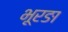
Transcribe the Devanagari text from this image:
भूरङा